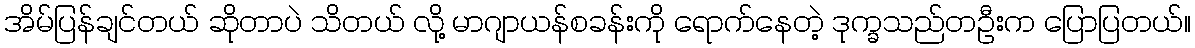
အိမ်ပြန်ချင်တယ် ဆိုတာပဲ သိတယ် လို့ မာဂျာယန်စခန်းကို ရောက်နေတဲ့ ဒုက္ခသည်တဦးက ပြောပြတယ်။